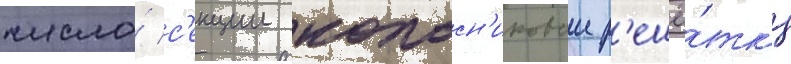
число́ с'екции колосн'иковои р'ешё́тк'и